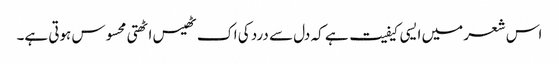
اس شعر میں ایسی کیفیت ہے کہ دل سے درد کی اک ٹھیس اٹھتی محسوس ہوتی ہے۔